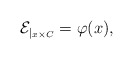
\begin{align*}\mathcal{E}_{|_{x \times C}} = \varphi(x),\end{align*}